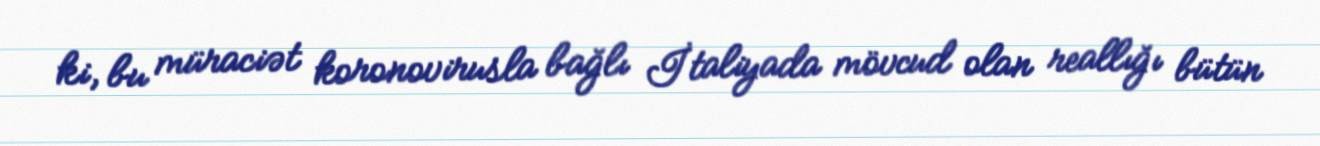
ki, bu müraciət koronovirusla bağlı İtaliyada mövcud olan reallığı bütün